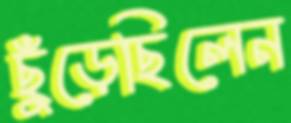
ছুঁড়েছিলেন